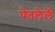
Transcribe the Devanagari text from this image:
घेतलेलें